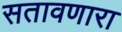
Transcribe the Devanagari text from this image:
सतावणारा